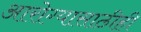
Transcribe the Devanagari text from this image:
आरोग्यासाठीही